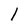
Character: l